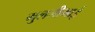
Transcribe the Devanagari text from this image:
मुलजीभाई